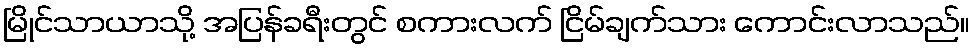
မြိုင်သာယာသို့ အပြန်ခရီးတွင် စကားလက် ငြိမ်ချက်သား ကောင်းလာသည်။